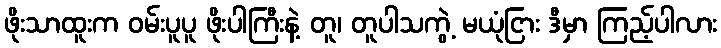
ဖိုးသာထူးက ဝမ်းပူပူ ဖိုးပါကြီးနဲ့ တူ၊ တူပါသကွဲ့ မယုံငြား ဒီမှာ ကြည့်ပါလား